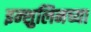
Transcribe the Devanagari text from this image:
इन्शुलिनच्या